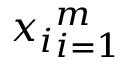
{ x _ { i } } _ { i = 1 } ^ { m }